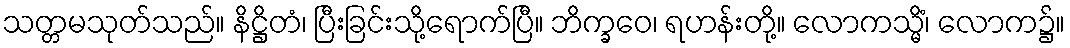
သတ္တမသုတ်သည်။ နိဋ္ဌိတံ၊ ပြီးခြင်းသို့ရောက်ပြီ။ ဘိက္ခဝေ၊ ရဟန်းတို့။ လောကသ္မိံ၊ လောက၌။